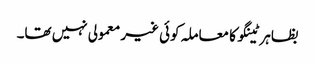
بظاہر ٹینگو کا معاملہ کوئی غیر معمولی نہیں تھا۔